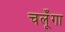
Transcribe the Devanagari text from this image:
चलूँगा